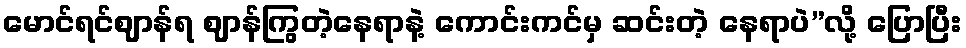
မောင်ရင်ဈာန်ရ ဈာန်ကြွတဲ့နေရာနဲ့ ကောင်းကင်မှ ဆင်းတဲ့ နေရာပဲ”လို့ ပြောပြီး